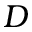
D